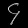
Digit: ၄